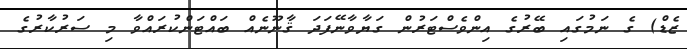
ޒެޑް) ގެ ނަމުގައި ބޭރުގެ އިންވެސްޓަރުން ގަޔާވާނޭފަދަ ޤާނޫނެއް ބައްޓަންކުރައްވާ މި ސަރުކާރުގެ